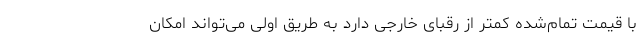
با قیمت تمام‌شده کمتر از رقبای خارجی دارد به طریق اولی می‌تواند امکان